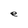
Character: e